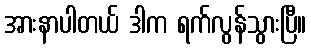
အားနာပါတယ် ဒါက ရက်လွန်သွားပြီ။